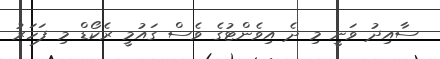
ސާއިދު ވަނީ މި ދެ އިވެންޓުގެ ވެސް ގައުމީ ރެކޯޑް މި ފަހަރު